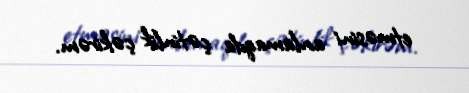
etməsini anlamaqda çətinlik çəkirəm.